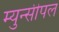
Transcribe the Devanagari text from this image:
म्युन्सीपल